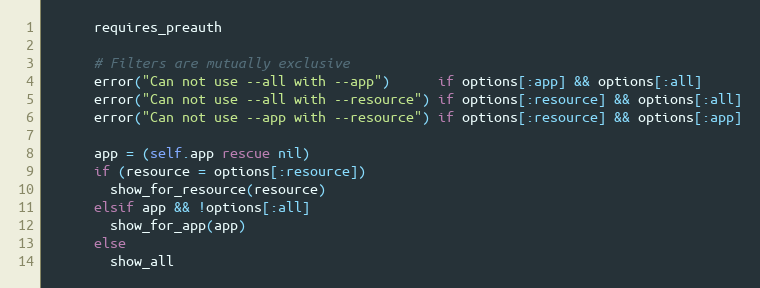
Language: Ruby
      requires_preauth

      # Filters are mutually exclusive
      error("Can not use --all with --app")      if options[:app] && options[:all]
      error("Can not use --all with --resource") if options[:resource] && options[:all]
      error("Can not use --app with --resource") if options[:resource] && options[:app]

      app = (self.app rescue nil)
      if (resource = options[:resource])
        show_for_resource(resource)
      elsif app && !options[:all]
        show_for_app(app)
      else
        show_all